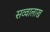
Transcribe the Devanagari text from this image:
सव्वालाख